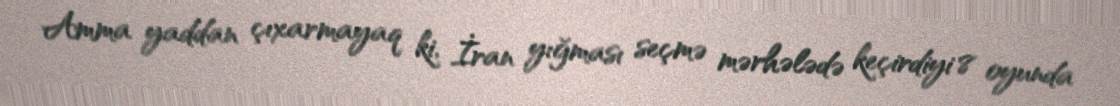
Amma yaddan çıxarmayaq ki, İran yığması seçmə mərhələdə keçirdiyi 8 oyunda